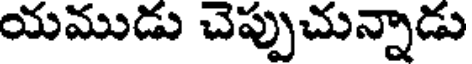
యముడు చెప్పుచున్నాడు